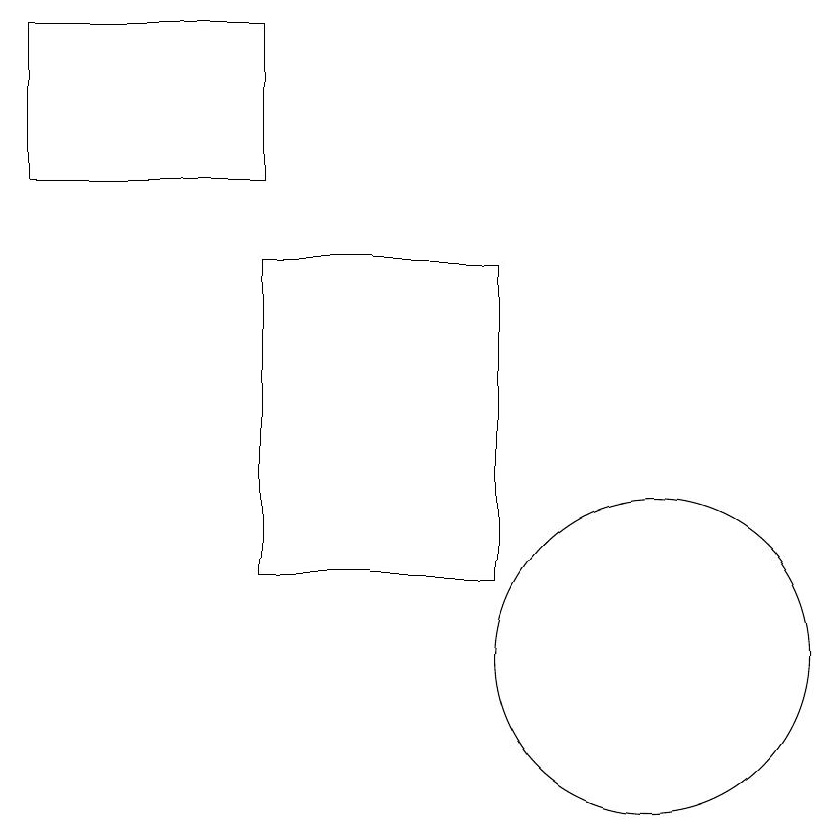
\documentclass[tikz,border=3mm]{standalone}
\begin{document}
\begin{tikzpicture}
\draw (6,16) rectangle (9,12);
\draw (11,11) circle (2);
\draw (3,19) rectangle (6,17);
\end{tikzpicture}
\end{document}